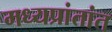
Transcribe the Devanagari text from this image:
मध्यप्रांतांत